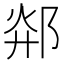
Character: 𲆓